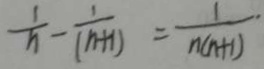
\frac { 1 } { n } - \frac { 1 } { ( n + 1 ) } = \frac { 1 } { n ( n + 1 ) }